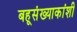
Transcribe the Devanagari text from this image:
बहूसंख्याकांशी